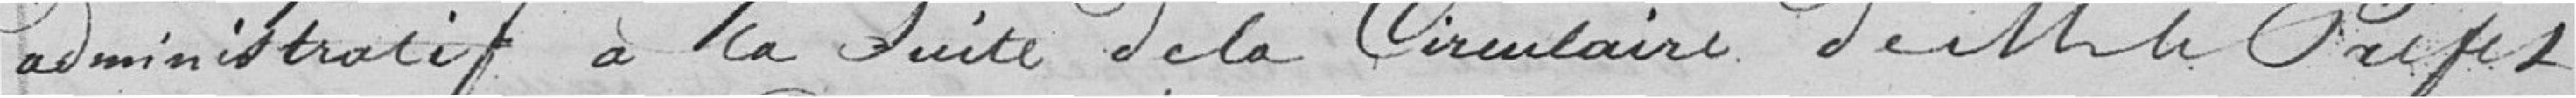
administratif à la suite de la Circulaire. de M. le Préfet